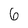
Character: 6